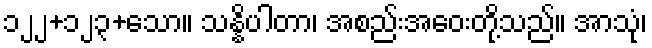
၁၂၂+၁၂၃+သော။ သန္နိပါတာ၊ အစည်းအဝေးတို့သည်။ အာသုံ၊